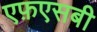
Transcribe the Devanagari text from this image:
एफ़एसबी